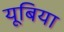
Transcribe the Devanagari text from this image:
यूबिया